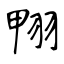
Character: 翈